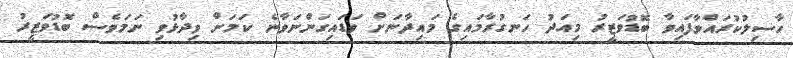
ހާސިލުކުރައްވާފައިވާ ބޮޑުވަޒީރު މިއަދު ހަނގުރާމައިގެ މައިދާނަށް ވަޑައިގަންނަވާނެ ކަމަށް ވިދާޅުވި ނަމަވެސް ބޮޑުވަޒީރު